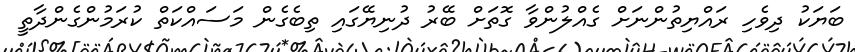
ބަޔަކު ދިވެހި ރައްޔިތުންނަށް ގެއްލުންވާ ގޮތަށް ބޭރު ދުނިޔޭގައި ތިބެގެން މަސައްކަތް ކުރަމުންގެންދާތީ